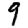
Digit: 9